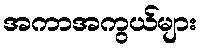
အကာအကွယ်များ